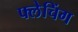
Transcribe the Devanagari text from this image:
फ्लेचिंग